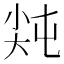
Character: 𡭻